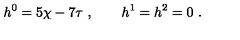
h ^ { 0 } = 5 \chi - 7 \tau \ , \qquad h ^ { 1 } = h ^ { 2 } = 0 \ .